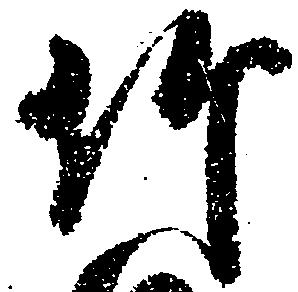
竹